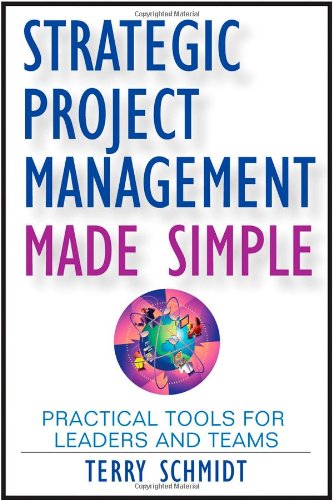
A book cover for Strategic Project Management Made Simple: Practical Tools for Leaders and Teams; Terry Schmidt; Business & Money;